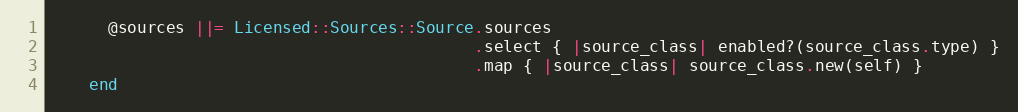
Language: Ruby
      @sources ||= Licensed::Sources::Source.sources
                                            .select { |source_class| enabled?(source_class.type) }
                                            .map { |source_class| source_class.new(self) }
    end